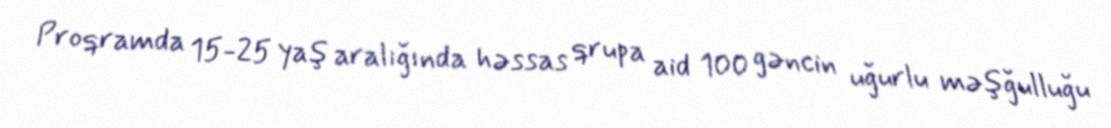
Proqramda 15-25 yaş aralığında həssas qrupa aid 100 gəncin uğurlu məşğulluğu